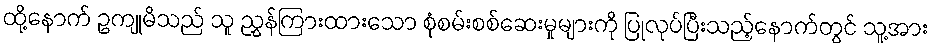
ထို့နောက် ဥကျုမိသည် သူ ညွှန်ကြားထားသော စုံစမ်းစစ်ဆေးမှုများကို ပြုလုပ်ပြီးသည့်နောက်တွင် သူ့အား